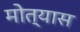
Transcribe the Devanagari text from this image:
मोत्यास